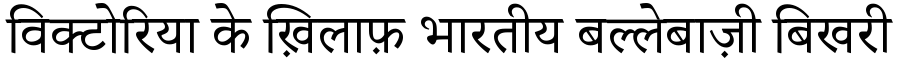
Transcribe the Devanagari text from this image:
विक्टोरिया के ख़िलाफ़ भारतीय बल्लेबाज़ी बिखरी